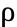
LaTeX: \uprho